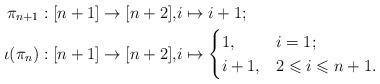
LaTeX: \begin{align*}\pi_{n+1}: [n+1] \to [n+2], & i \mapsto i+1;\\\iota(\pi_n): [n+1] \to [n+2], & i \mapsto\begin{cases}1, & i = 1;\\i+1, & 2 \leqslant i \leqslant n+1.\end{cases}\end{align*}